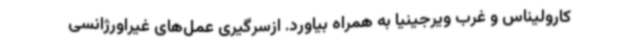
کارولیناس و غرب ویرجینیا به همراه بیاورد. ازسرگیری عمل‌های غیراورژانسی